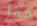
قفل